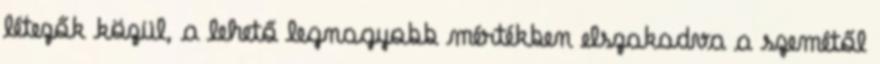
létezők közül, a lehető legnagyobb mértékben elszakadva a szemétől